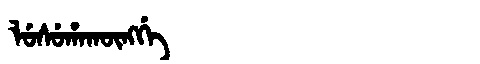
Manchu: ᠯᡠᠰᡠᡥᠠᡴᡡᠩᡤᡝ
Romanization: LUSUHAKŪNGGE